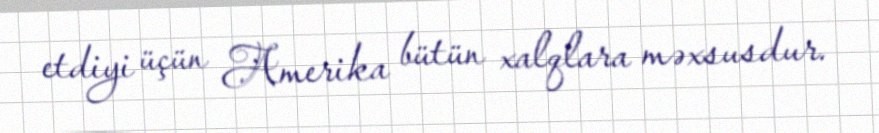
etdiyi üçün Amerika bütün xalqlara məxsusdur.